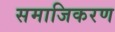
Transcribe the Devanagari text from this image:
समाजिकरण